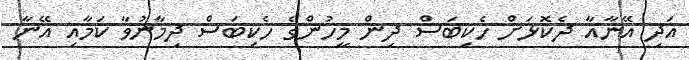
އަދި އޭނާއާ ދެކޮޅަށް ހެކިބަސް ދިން މީހުންގެ ހެކިބަސް ދިމާނުވާ ކަމާއި އޭނާ